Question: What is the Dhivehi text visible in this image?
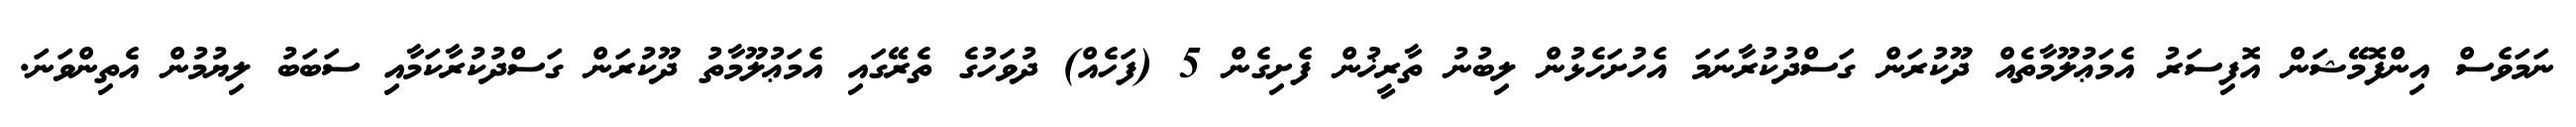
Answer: ނަމަވެސް އިންފޮމޭޝަން އޮފިސަރު އެމަޢުލޫމާތެއް ދޫކުރަން ގަސްދުކުރާނަމަ އެހުށަހެޅުން ލިބުނު ތާރީޚުން ފެށިގެން 5 (ފަހެއް) ދުވަހުގެ ތެރޭގައި އެމަޢުލޫމާތު ދޫކުރަން ގަސްދުކުރާކަމާއި ސަބަބު ލިޔުމުން އެތިންވަނަ.